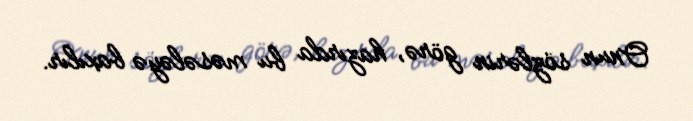
Onun sözlərin görə, hazırda bu məsələyə baxılır.